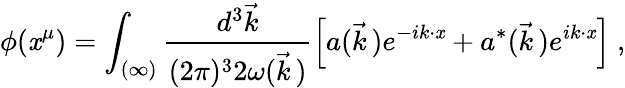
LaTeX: \phi(\mathit{x}^{\mu})=\int_{(\infty)}\frac{{d^{3}\vec{{k}}}}{{(2\pi)^{3}2\omega(\vec{{k}}\, )}}\left[a(\vec{{k}}\, )e^{-ik\cdot\mathit{x}}+a^{*}(\vec{{k}}\, )e^{ik\cdot\mathit{x}}\right]\ ,